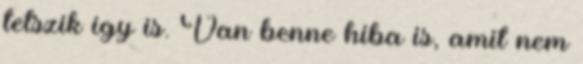
tetszik így is. Van benne hiba is, amit nem